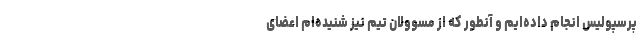
پرسپولیس انجام داده‌ایم و آنطور که از مسوولان تیم نیز شنیده‌ام اعضای